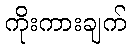
ကိုးကားချက်